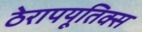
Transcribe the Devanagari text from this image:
ठेरापयूतिक्स